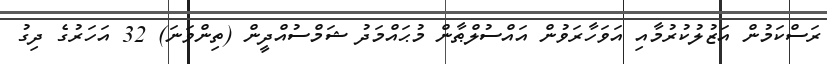
ރަސްކަމުން އަޒުލުކުރުމާއި އަވަހާރަވުން އައްސުލްޠާން މުޙައްމަދު ޝަމްސުއްދީން (ތިންވަނަ) 32 އަހަރުގެ ދިގު